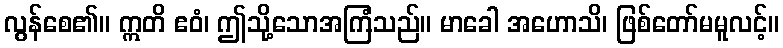
လွန်စေ၏။ ဣတိ ဧဝံ၊ ဤသို့သောအကြံသည်။ မာခေါ အဟောသိ၊ ဖြစ်တော်မမူလင့်။